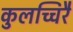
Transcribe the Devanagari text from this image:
कुलच्चिरै